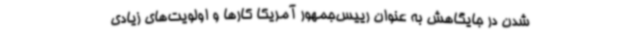
شدن در جایگاهش به عنوان رییس‌جمهور آمریکا کارها و اولویت‌های زیادی